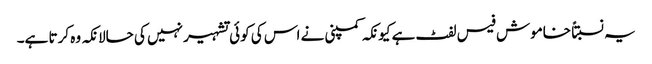
یہ نسبتاً خاموش فیس لفٹ ہے کیونکہ کمپنی نے اس کی کوئی تشہیر نہیں کی حالانکہ وہ کرتا ہے۔